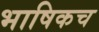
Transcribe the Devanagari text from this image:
भाषिकच